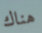
هناك